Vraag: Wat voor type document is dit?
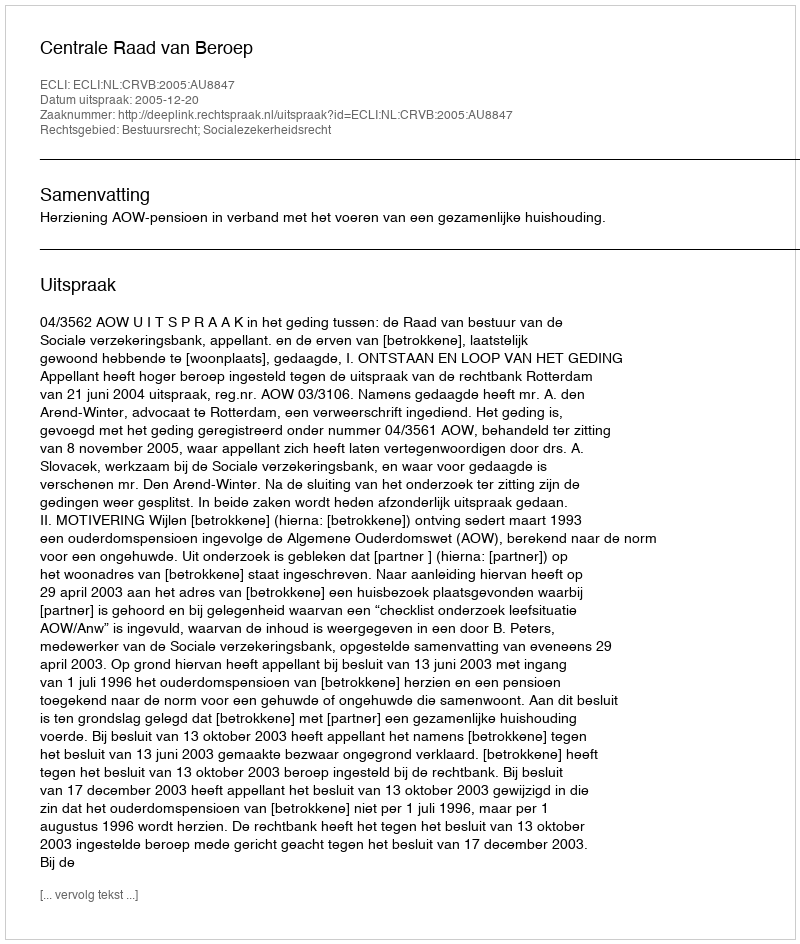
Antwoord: Uitspraak